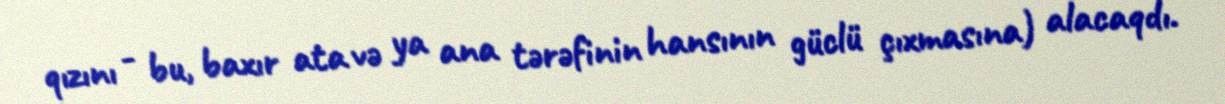
qızını - bu, baxır ata və ya ana tərəfinin hansının güclü çıxmasına) alacaqdı.